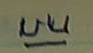
บน